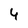
Character: 4